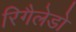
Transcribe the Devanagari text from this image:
रिगैलेडो